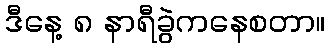
ဒီနေ့ ၈ နာရီခွဲကနေစတာ။